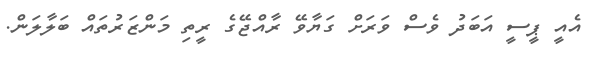
އެއީ ޕީސީ އަބަދު ވެސް ވަރަށް ގަޔާވޭ ރާއްޖޭގެ ރީތި މަންޒަރުތައް ބަލާލަން.